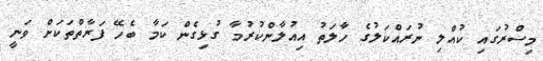
މިސްރުގައި ކުއްލި ނުރައްކަލުގެ ހާލަތު އިއުލާންކުރުމާ ގުޅިގެން ކަމާ ބެހޭ ފަރާތްތަކަށް ވަނީ